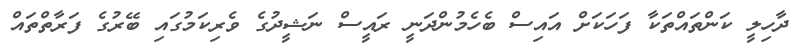
ދާހިލީ ކަންތައްތަކާ ފަހަކަށް އައިސް ބެހެމުންދަނީ ރައީސް ނަޝީދުގެ ވެރިކަމުގައި ބޭރުގެ ފަރާތްތައް